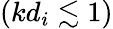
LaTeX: (kd_{i}\lesssim 1)